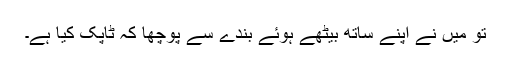
تو میں نے اپنے ساتھ بیٹھے ہوئے بندے سے پوچھا کہ ٹاپک کیا ہے۔